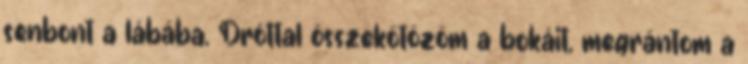
senbont a lábába. Dróttal összekötözöm a bokáit, megrántom a